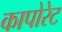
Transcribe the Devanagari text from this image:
कापोरेट